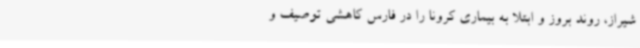
شیراز، روند بروز و ابتلا به بیماری کرونا را در فارس کاهشی توصیف و